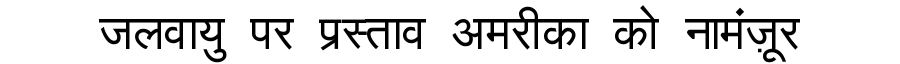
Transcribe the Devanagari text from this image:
जलवायु पर प्रस्ताव अमरीका को नामंज़ूर